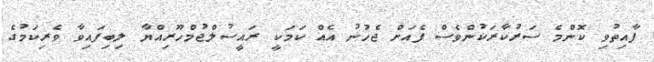
ފާއިތުވި ކޮންމެ ސަރުކާރަކުންވެސް ފެއަށް ޖެހުނު އެއް ކަމަކީ ރައީސުލްޖުމްހޫރިއްޔާ ލިބިފައިވާ ވެރިކަމުގެ